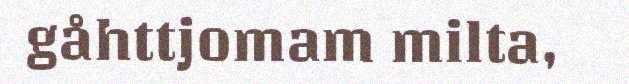
gåhttjomam milta,